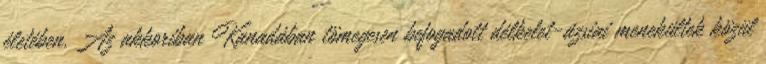
életében. Az akkoriban Kanadában tömegesen befogadott délkelet-ázsiai menekültek közül